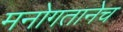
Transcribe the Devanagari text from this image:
मनोगतानेच